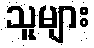
သူများ